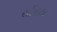
સોનઠા